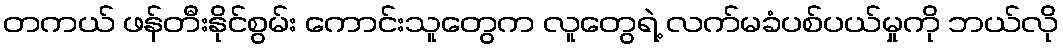
တကယ် ဖန်တီးနိုင်စွမ်း ကောင်းသူတွေက လူတွေရဲ့ လက်မခံပစ်ပယ်မှုကို ဘယ်လို